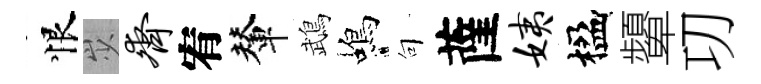
恨𡵯齐宥輦鵡蝎句薩姨楹顰㓛